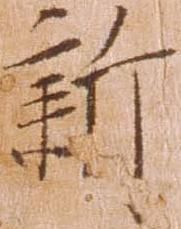
新